Code of medical and sanitary regulations for the guidance of medical officers serving in the Madras Presidency - Volume II
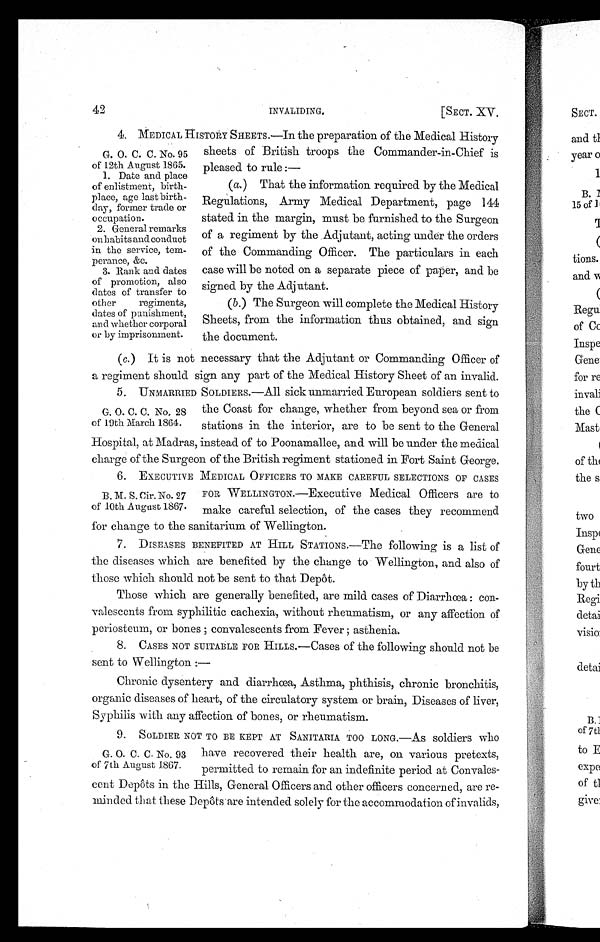
42
INVALIDING.
[SECT. XV.
4. MEDICAL HISTORY SHEETS.—In the preparation of the Medical History
sheets of British troops the Commander-in-Chief is
pleased to rule :—
(a.) That the information required by the Medical
Regulations, Army Medical Department, page 144
stated in the margin, must be furnished to the Surgeon
of a regiment by the Adjutant, acting under the orders
of the Commanding Officer. The particulars in each
case will be noted on a separate piece of paper, and be
signed by the Adjutant.
(b.) The Surgeon will complete the Medical History
Sheets, from the information thus obtained, and sign
the document.
(c.) It is not necessary that the Adjutant or Commanding Officer of
a regiment should sign any part of the Medical History Sheet of an invalid.
5. UNMARRIED SOLDIERS.—All sick unmarried European soldiers sent to
the Coast for change, whether from beyond sea or from
stations in the interior, are to be sent to the General
Hospital, at Madras, instead of to Poonamallee, and will be under the medical
charge of the Surgeon of the British regiment stationed in Fort Saint George.
6. EXECUTIVE MEDICAL OFFICERS TO MAKE CAREFUL SELECTIONS OF CASES
FOR WELLINGTON.—Executive Medical Officers are to
make careful selection, of the cases they recommend
for change to the sanitarium of Wellington.
7. DISEASES BENEFITED AT HILL STATIONS.—The following is a list of
the diseases which are benefited by the change to Wellington, and also of
those which should not be sent to that Depôt.
Those which are generally benefited, are mild cases of Diarrhœa : con-
valescents from syphilitic cachexia, without rheumatism, or any affection of
periosteum, or bones ; convalescents from Fever ; asthenia.
8. CASES NOT SUITABLE FOR HILLS.—Cases of the following should not be
sent to Wellington :—
Chronic dysentery and diarrhœa, Asthma, phthisis, chronic bronchitis,
organic diseases of heart, of the circulatory system or brain, Diseases of liver,
Syphilis with any affection of bones, or rheumatism.
9. SOLDIER NOT TO BE KEPT AT SANITARIA TOO LONG.—AS soldiers who
have recovered their health are, on various pretexts,
permitted to remain for an indefinite period at Convales-
cent Depôts in the Hills, General Officers and other officers concerned, are re-
minded that these Depôts are intended solely for the accommodation of invalids,
G. O. C. C. No. 95
of 12th August 1865.
1. Date and place
of enlistment, birth-
place, age last birth-
day, former trade or
occupation.
2. General remarks
on h abits and conduct
in the service, tem-
perance, &c.
3. Rank and dates
of promotion, also
dates of transfer to
other regiments,
dates of punishment,
and whether corporal
or by imprisonment.
G. O. C. C. No, 28
of 19th March 1864.
B. M. S. Cir. No. 27
of 10th August 1867.
G. O. C. C. No. 93
of 7th August 1867.